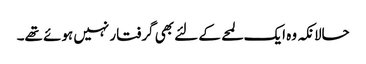
حالانکہ وہ ایک لمحے کے لئے بھی گرفتار نہیں ہوئے تھے۔